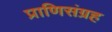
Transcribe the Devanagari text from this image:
प्राणिसंग्रह